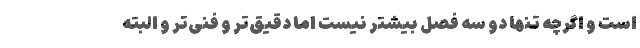
است و اگرچه تنها دو سه فصل بیشتر نیست اما دقیق‌تر و فنی‌تر و البته